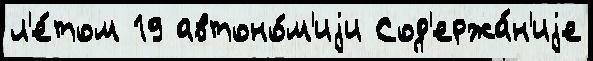
л'е́том 19 автоно́м'иjи Сод'ержа́н'иjе